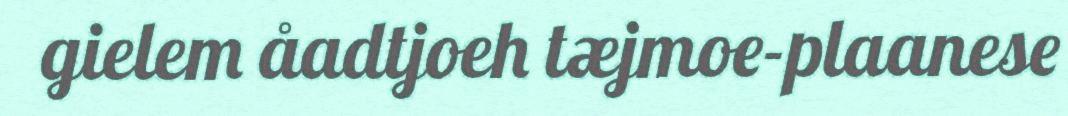
gielem åadtjoeh tæjmoe-plaanese